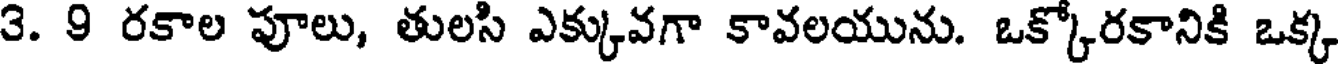
3. 9 రకాల పూలు, తులసి ఎక్కువగా కావలయును. ఒక్కోరకానికి ఒక్క